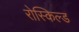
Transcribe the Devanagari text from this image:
रोस्किल्ड